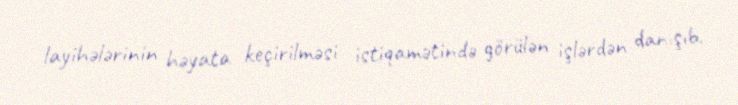
layihələrinin həyata keçirilməsi istiqamətində görülən işlərdən danışıb.